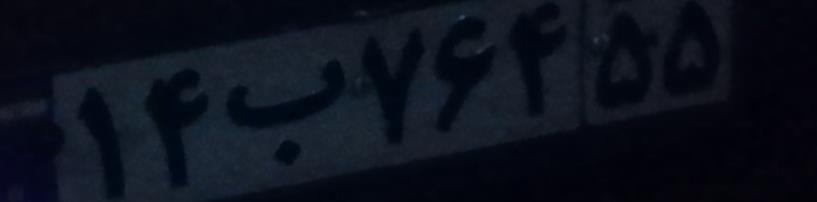
۱۴ب۷۶۴۵۵